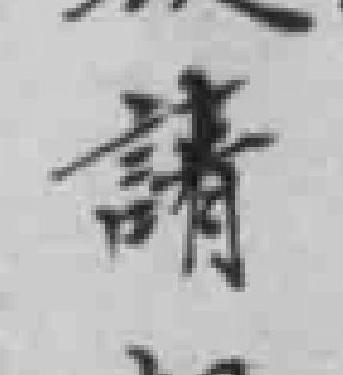
請